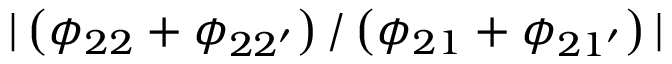
| \left( \phi _ { 2 2 } + \phi _ { 2 2 ^ { \prime } } \right) / \left( \phi _ { 2 1 } + \phi _ { 2 1 ^ { \prime } } \right) |